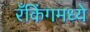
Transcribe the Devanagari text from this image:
रँकिंगमध्ये